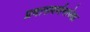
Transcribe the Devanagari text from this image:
प्रवासवर्णनापेक्षा